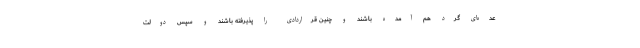
عده‌ای گرد هم آمده باشند و چنین قراردادی را پذیرفته باشند و سپس دولت